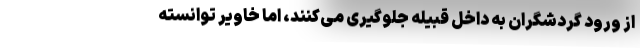
از ورود گردشگران به داخل قبیله جلوگیری می‌کنند، اما خاویر توانسته